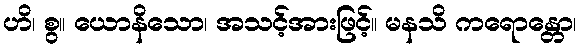
ဟိ၊ စွ။ ယောနိသော၊ အသင့်အားဖြင့်။ မနသိ ကရောန္တော၊